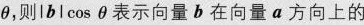
θ，则lblcosθ表示向量b在向量a方向上的